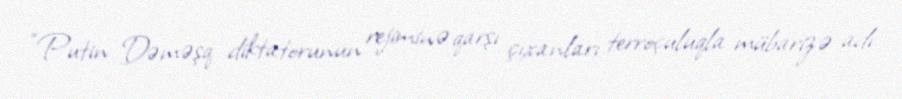
“Putin Dəməşq diktatorunun rejiminə qarşı çıxanları terroçuluqla mübarizə adı